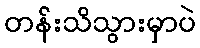
တန်းသိသွားမှာပဲ